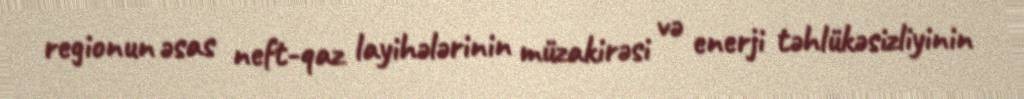
regionun əsas neft-qaz layihələrinin müzakirəsi və enerji təhlükəsizliyinin